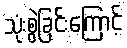
သုံးစွဲခြင်းကြောင့်